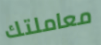
معاملتك